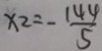
x _ { 2 } = - \frac { 1 4 4 } { 5 }